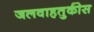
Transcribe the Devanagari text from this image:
जलवाहतुकीस